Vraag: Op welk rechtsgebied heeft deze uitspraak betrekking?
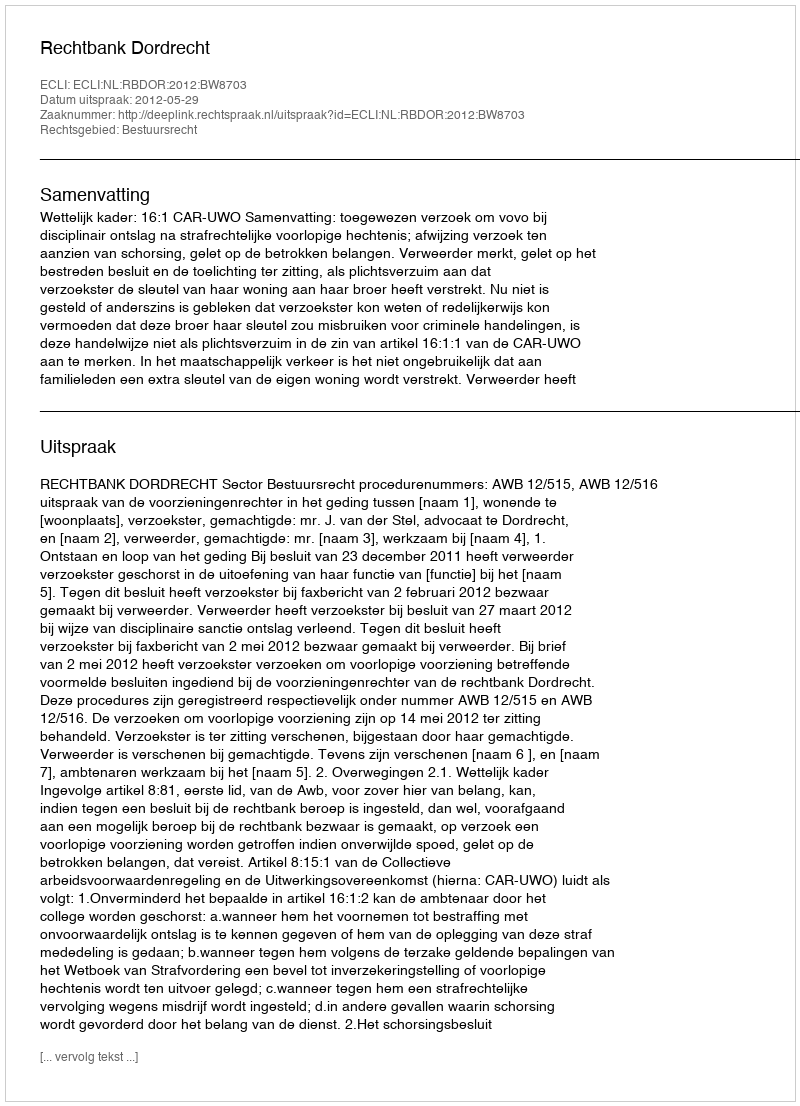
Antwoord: Bestuursrecht